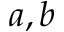
a , b